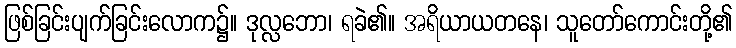
ဖြစ်ခြင်းပျက်ခြင်းလောက၌။ ဒုလ္လဘော၊ ရခဲ၏။ အရိယာယတနေ၊ သူတော်ကောင်းတို့၏